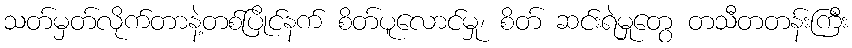
သတ်မှတ်လိုက်တာနဲ့တစ်ပြိုင်နက် စိတ်ပူလောင်မှု၊ စိတ် ဆင်းရဲမှုတွေ တသီတတန်းကြီး